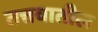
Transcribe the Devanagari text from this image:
तत्तवातील